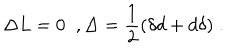
LaTeX: \Delta L = 0 \; \; , \Delta = \frac { 1 } { 2 } ( \delta d + d \delta ) \; .